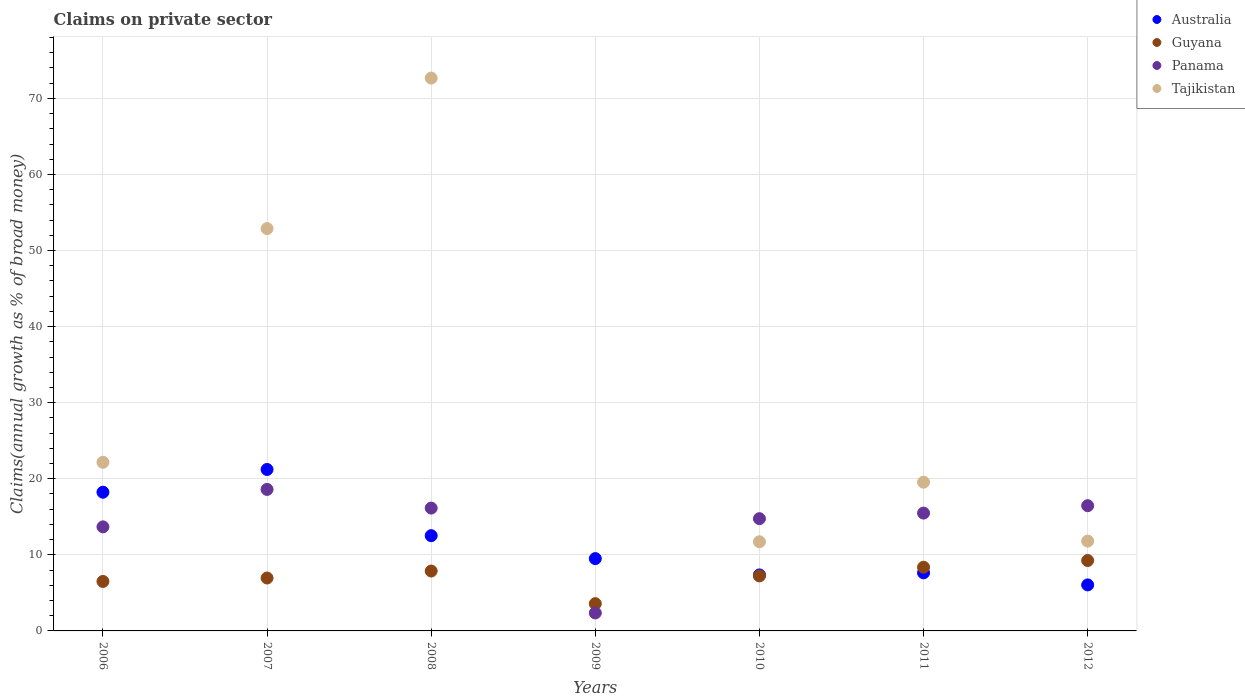
| Years | Australia | Guyana | Panama | Tajikistan |
 | --- | --- | --- | --- | --- |
 | 2006 | 18.2 | 6.5 | 13.7 | 22.2 |
 | 2007 | 21.2 | 6.96 | 18.6 | 52.9 |
 | 2008 | 12.5 | 7.87 | 16.1 | 72.7 |
 | 2009 | 9.51 | 3.58 | 2.36 | -36.4 |
 | 2010 | 7.36 | 7.23 | 14.8 | 11.7 |
 | 2011 | 7.64 | 8.37 | 15.5 | 19.6 |
 | 2012 | 6.05 | 9.25 | 16.5 | 11.8 |